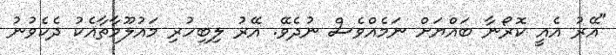
"އޭރު އެއީ ކޮރޯނާ ބައްޔަށް ނަމެއްވެސް ނުދެވޭ. އޭރު ލިބިހުރި މައުލޫމާތާއެކު ދެކެވުނު